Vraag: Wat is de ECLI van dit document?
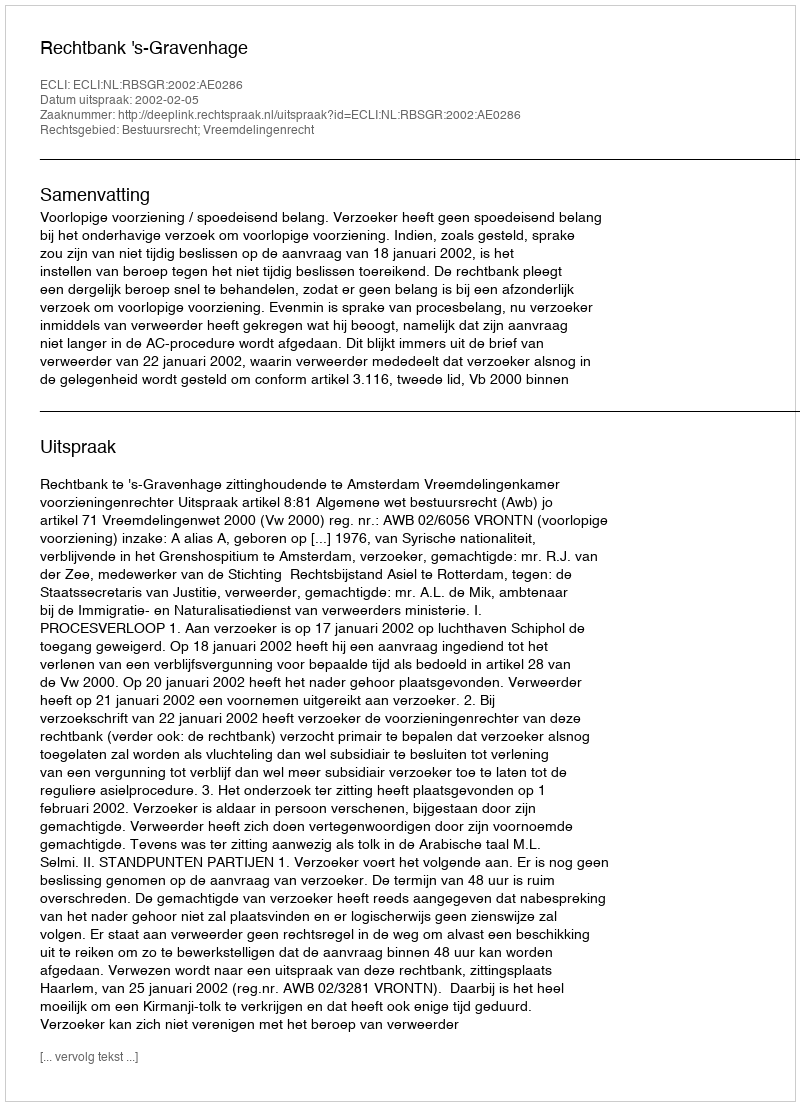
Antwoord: ECLI:NL:RBSGR:2002:AE0286